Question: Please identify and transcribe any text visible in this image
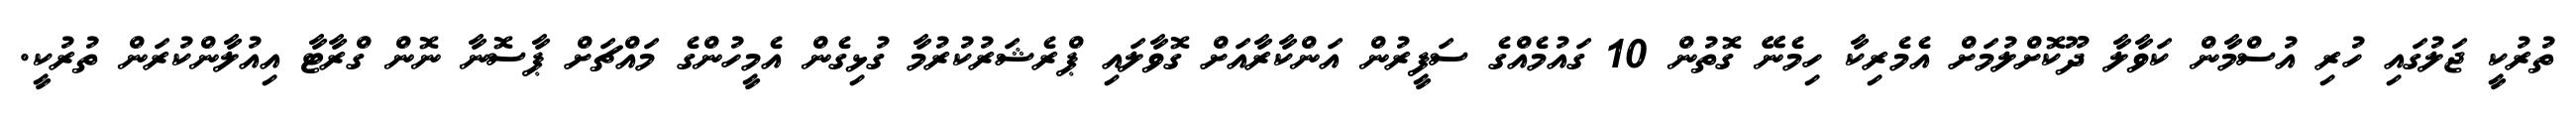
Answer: ތުރުކީ ޖަލުގައި ހުރި އުސްމާން ކަވާލާ ދޫކޮށްލުމަށް އެމެރިކާ ހިމެނޭ ގޮތުން 10 ގައުމެއްގެ ސަފީރުން އަންކާރާއަށް ގޮވާލައި ޕްރެޝަރުކުރުމާ ގުޅިގެން އެމީހުންގެ މައްޗަށް ޕާސޮނާ ނޮން ގްރާޓާ އިއުލާންކުރަން ތުރުކީ.